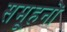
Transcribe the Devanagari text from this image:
समूहनों